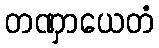
တဏှာယေတံ